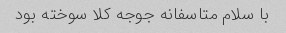
با سلام متاسفانه جوجه کلا سوخته بود